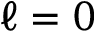
\ell = 0